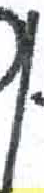
אות: ן